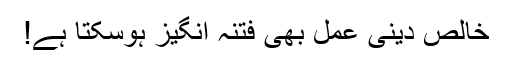
خالص دینی عمل بھی فتنہ انگیز ہوسکتا ہے!